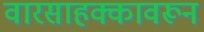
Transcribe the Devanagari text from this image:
वारसाहक्कावरून